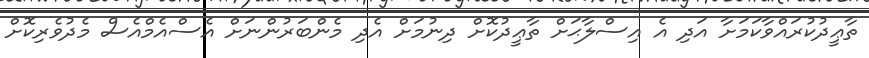
ތާޢީދުކުރައްވާކަމަށާ އަދި އެ އިސްލާޙަށް ތާޢީދުކޮށް ދިނުމަށް އެދި މެންބަރުންނަށް އެސްއެމްއެސް މެދުވެރިކޮށް